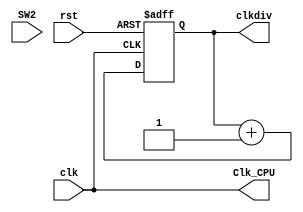
`timescale 1ns / 1ps

// nexys3MIPSSoC is a MIPS implementation originated from COAD projects
// Copyright (C) 2014  @Wenri, @dtopn, @Speed
//
// This program is free software: you can redistribute it and/or modify
// it under the terms of the GNU General Public License as published by
// the Free Software Foundation, either version 3 of the License, or
// (at your option) any later version.
//
// This program is distributed in the hope that it will be useful,
// but WITHOUT ANY WARRANTY; without even the implied warranty of
// MERCHANTABILITY or FITNESS FOR A PARTICULAR PURPOSE.  See the
// GNU General Public License for more details.
//
// You should have received a copy of the GNU General Public License
// along with this program.  If not, see <http://www.gnu.org/licenses/>.

module clk_div(
	input clk,
	input wire rst,
	input wire SW2,
	output reg[31:0] clkdiv,
	output wire Clk_CPU
    );


always @(posedge clk or posedge rst)begin
	if (rst) begin
		clkdiv <= 0;
	end else begin
		clkdiv <= clkdiv + 1'b1;
	end
end

//assign Clk_CPU = SW2?clkdiv[30]:clkdiv[1];

assign Clk_CPU = clk;

endmodule